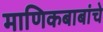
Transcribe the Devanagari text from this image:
माणिकबाबांचे